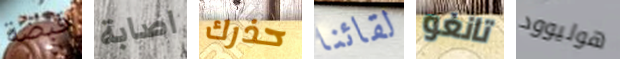
قبضة اصابة حذرك لقائنا تانغو هوليوود